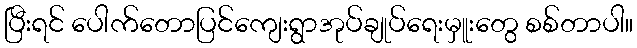
ပြီးရင် ပေါက်တောပြင်ကျေးရွာအုပ်ချုပ်ရေးမှူးတွေ စစ်တာပါ။